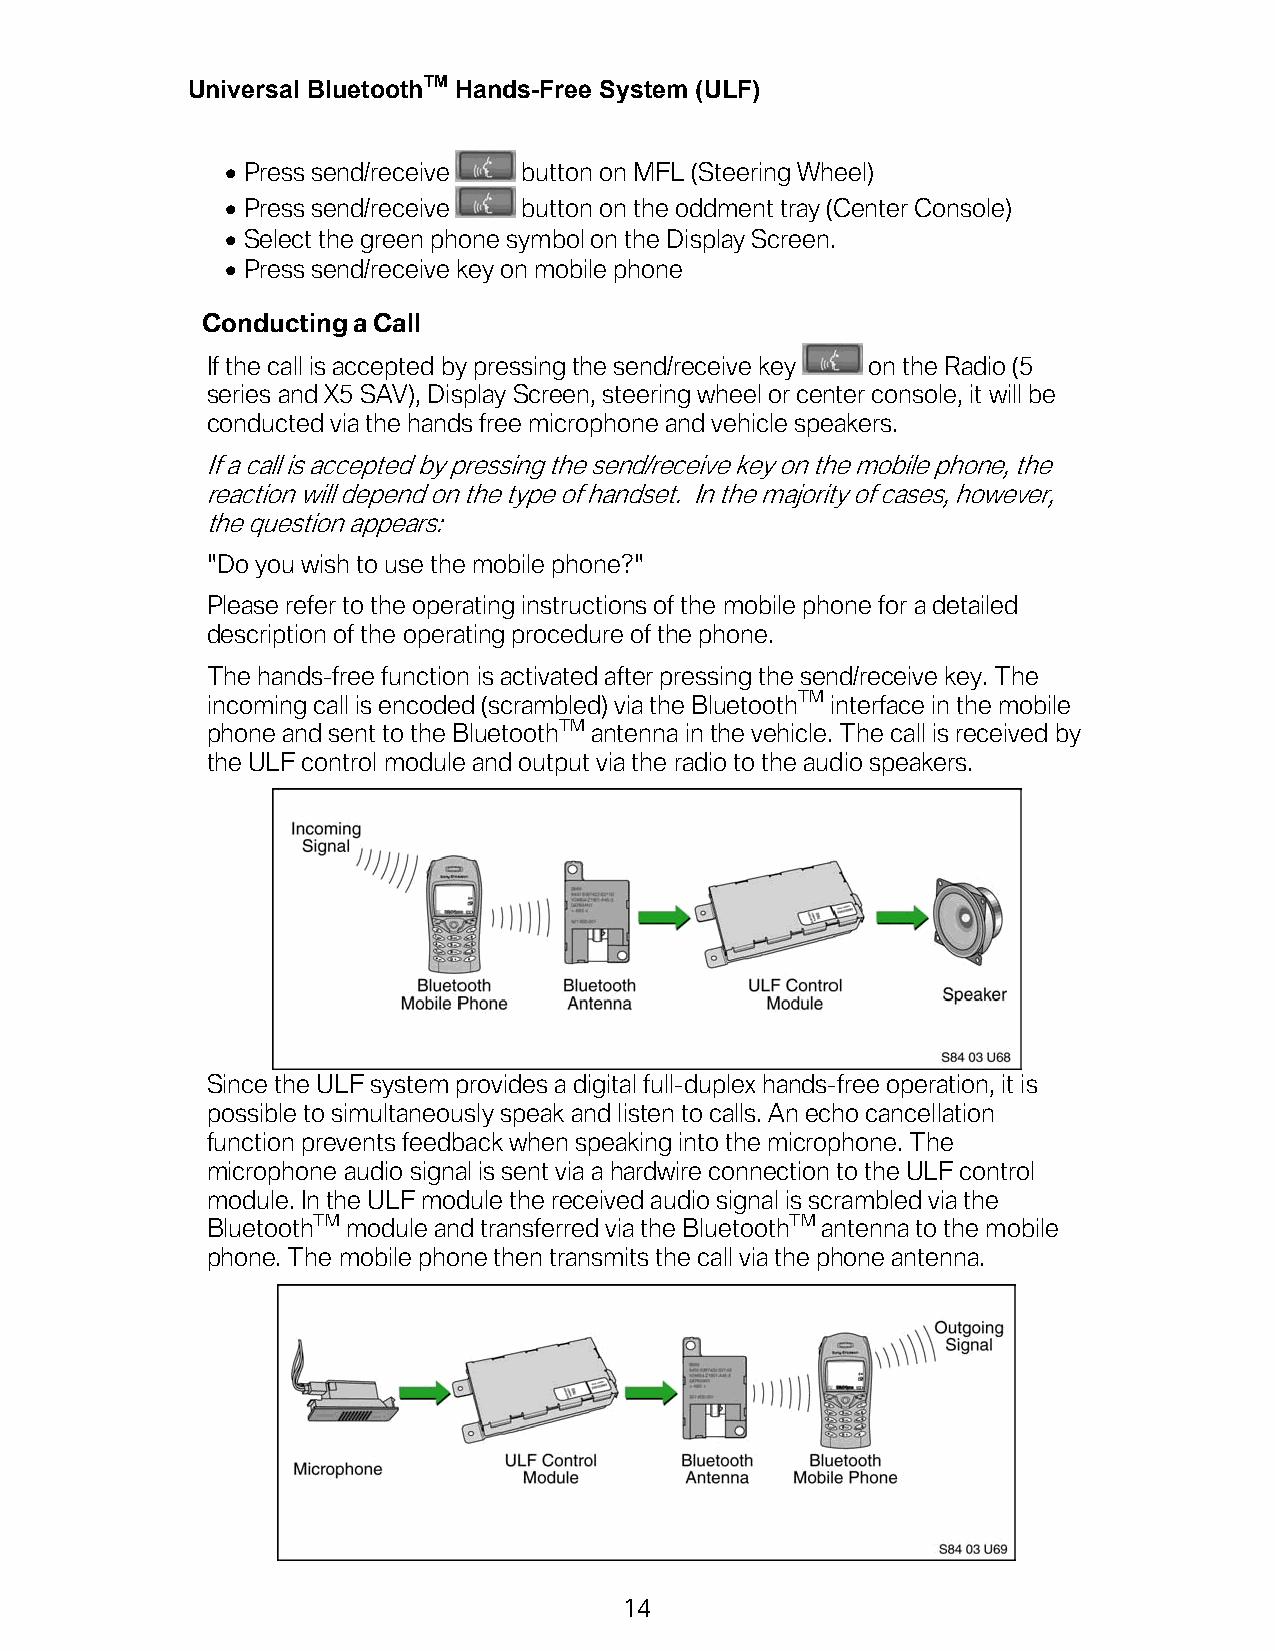
Universal BluetoothTM Hands-Free System (ULF)
 • Press send/receive button on MFL (Steering Wheel)
 • Press send/receive button on the oddment tray (Center Console)
 • Select the green phone symbol on the Display Screen.
 • Press send/receive key on mobile phone
 Conducting a Call
 If the call is accepted by pressing the send/receive key on the Radio (5
 series and X5 SAV), Display Screen, steering wheel or center console, it will be
 conducted via the hands free microphone and vehicle speakers.
 If a call is accepted by pressing the send/receive key on the mobile phone, the
 reaction will depend on the type of handset. In the majority of cases, however,
 the question appears:
 "Do you wish to use the mobile phone?"
 Please refer to the operating instructions of the mobile phone for a detailed
 description of the operating procedure of the phone.
 The hands-free function is activated after pressing the send/receive key. The
 incoming call is encoded (scrambled) via the BluetoothTM interface in the mobile
 phone and sent to the BluetoothTM antenna in the vehicle. The call is received by
 the ULF control module and output via the radio to the audio speakers.
 Since the ULF system provides a digital full-duplex hands-free operation, it is
 possible to simultaneously speak and listen to calls. An echo cancellation
 function prevents feedback when speaking into the microphone. The
 microphone audio signal is sent via a hardwire connection to the ULF control
 module. In the ULF module the received audio signal is scrambled via the
 BluetoothTM module and transferred via the BluetoothTM antenna to the mobile
 phone. The mobile phone then transmits the call via the phone antenna.
 14